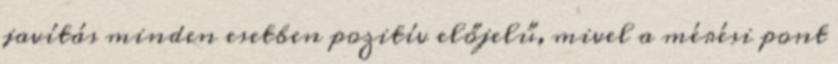
javítás minden esetben pozitív előjelű, mivel a mérési pont